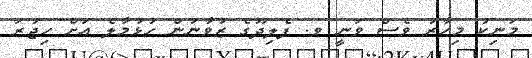
މަނިކު މިހާރު ވެސް ވަނީ ވ. ފެލިދޫގެ ޒުވާނުން ހުޅުމާލެ އަށް ހިޖުރަ